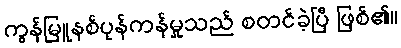
ကွန်မြူနစ်ပုန်ကန်မှုသည် စတင်ခဲ့ပြီ ဖြစ်၏။